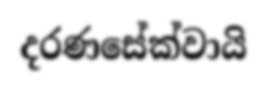
දරණසේක්වායි